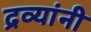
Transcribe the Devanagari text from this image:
द्रव्यांनी